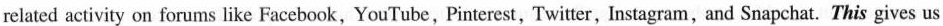
related activity on forums like Facebook, YouTube, Pinterest, Twitter, Instagram, and Snapchat. This gives us